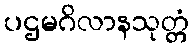
ပဌမဂိလာနသုတ္တံ